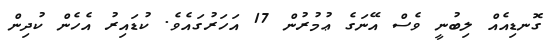
ގޮނޑިއެއް ލިބުނީ ވެސް އޭނަގެ ޢުމުރުން 17 އަހަރުގައެވެ. ކުޑައިރު އެހެން ކުދިން